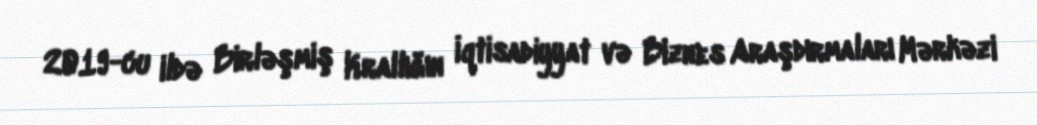
2019-cu ildə Birləşmiş Krallığın İqtisadiyyat və Biznes Araşdırmaları Mərkəzi